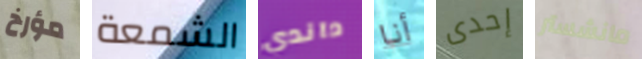
مؤرخ الشمعة داندي أنا إحدى مانشستر